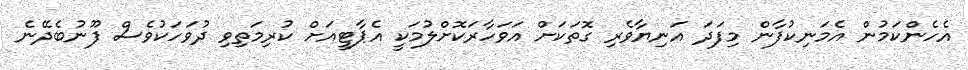
އެހެންކަމުން އެމަނިކުފާން މިފަދަ އަނިޔާވެރި ގޮތަކަށް އަވަހާރަކޮށްލުމަކީ އެޕާޓީއަށް ކުރިމަތިވި ދުވަހަކުވެސް ފޫނުބެދޭނެ